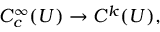
C _ { c } ^ { \infty } ( U ) \to C ^ { k } ( U ) ,